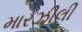
મારઝીલી